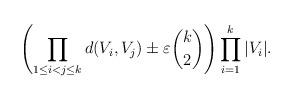
LaTeX: \begin{align*}\left( \prod_{1 \leq i<j\leq k}d(V_i,V_j) \pm \varepsilon \binom k2 \right) \prod_{i=1}^k |V_i|.\end{align*}